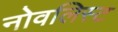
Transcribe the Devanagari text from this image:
नोवलिस्ट